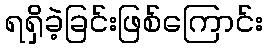
ရရှိခဲ့ခြင်းဖြစ်ကြောင်း